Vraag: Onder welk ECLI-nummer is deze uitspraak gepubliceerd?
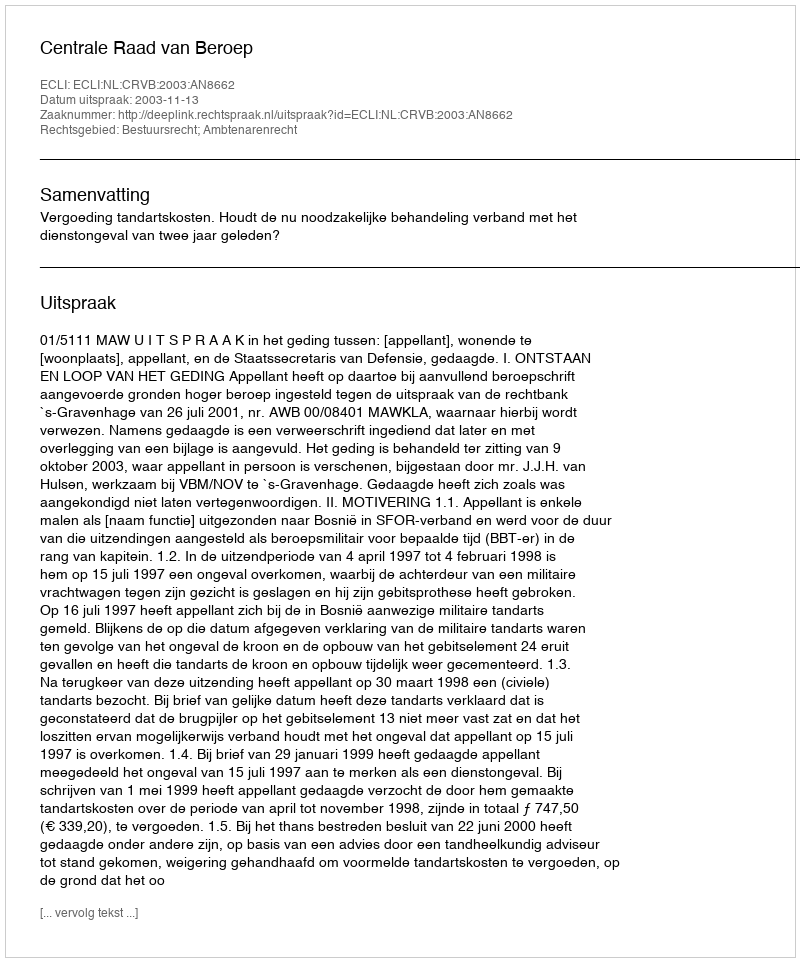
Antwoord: ECLI:NL:CRVB:2003:AN8662